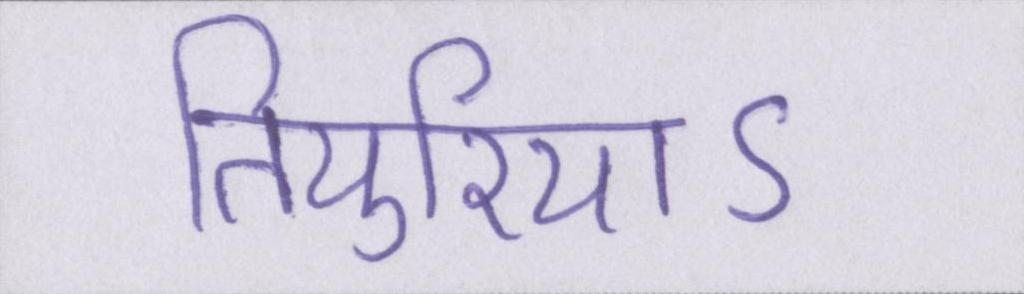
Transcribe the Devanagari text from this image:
तियुरियाऽ